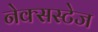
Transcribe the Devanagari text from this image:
नेक्सस्टेज